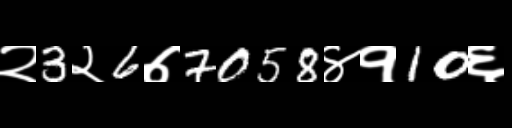
Text: २3२6७7058४१10६